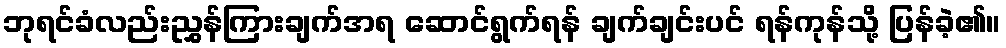
ဘုရင်ခံလည်းညွှန်ကြားချက်အရ ဆောင်ရွက်ရန် ချက်ချင်းပင် ရန်ကုန်သို့ ပြန်ခဲ့၏။